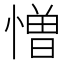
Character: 憎